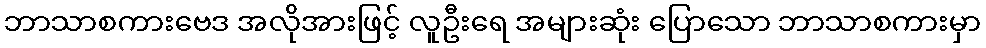
ဘာသာစကားဗေဒ အလိုအားဖြင့် လူဦးရေ အများဆုံး ပြောသော ဘာသာစကားမှာ